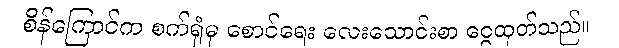
စိန်ကြောင်က စက်ရုံမှ စောင်ရေး လေးသောင်းစာ ငွေထုတ်သည်။